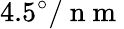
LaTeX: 4.5^{\circ}/\mathrm{~n~m~}